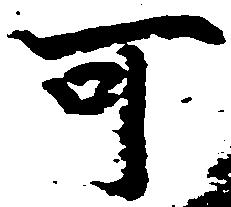
可